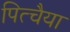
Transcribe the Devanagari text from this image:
पित्चैया